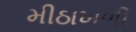
મીઠાખળી